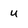
Character: u